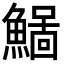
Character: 𩻂